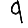
Digit: 9